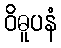
ဝိဓူပနံ